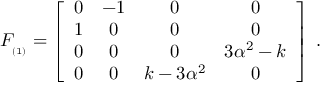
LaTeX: F _ { _ { ( 1 ) } } = \left[ \begin{array} { c c c c } { { 0 } } & { { - 1 } } & { { 0 } } & { { 0 } } \\ { { 1 } } & { { 0 } } & { { 0 } } & { { 0 } } \\ { { 0 } } & { { 0 } } & { { 0 } } & { { 3 \alpha ^ { 2 } - k } } \\ { { 0 } } & { { 0 } } & { { k - 3 \alpha ^ { 2 } } } & { { 0 } } \end{array} \right] \; .